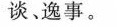
谈.逸事。